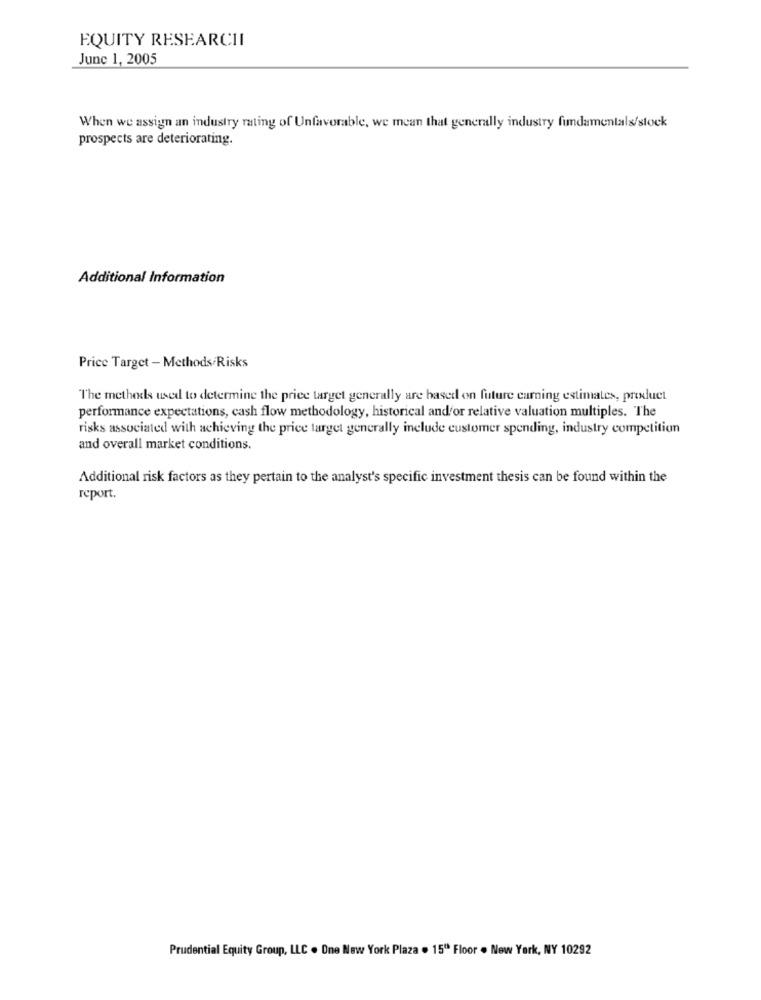
EQUITY RESEARCHI
June 1, 2005
When we assign an industry rating of Unfavorable, we mean that generally industry fundamentals/stock
prospects are deteriorating.
Additional Information
Price Target - Methods/Risks
The methods used to determine the price target generally are based on future earning estimates, product
performance expectations, cash flow methodology, historical and'or relative valuation multiples. The
risks associated with achieving the price target generally include customer spending, industry competition
and overall market conditions.
Additional risk factors as they pertain to the analyst's specific investment thesis can be found within the
report.
Prudential Equity Group, LLC . Dne New York Plaza . 15" Floor . New York, NY 10292